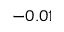
- 0 . 0 1